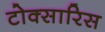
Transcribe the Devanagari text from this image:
टोक्सारिस